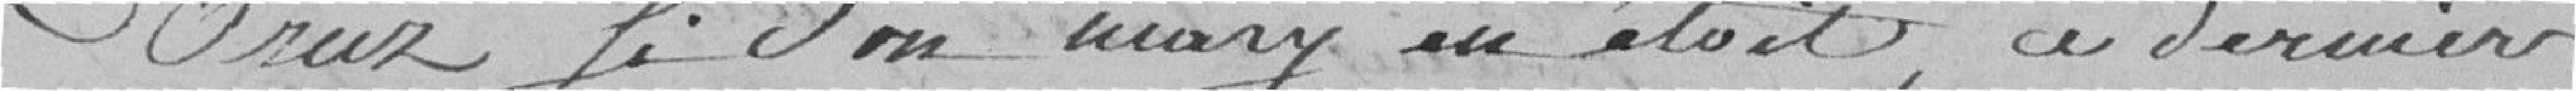
Oriez si son mary en était, ce dernier